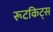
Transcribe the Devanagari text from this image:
रूटकिट्स